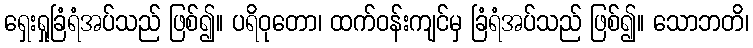
ရှေးရှုခြံရံအပ်သည် ဖြစ်၍။ ပရိဝုတော၊ ထက်ဝန်းကျင်မှ ခြံရံအပ်သည် ဖြစ်၍။ သောဘတိ၊